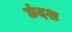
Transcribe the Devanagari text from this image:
छंदश